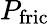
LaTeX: P_{\mathrm{fric}}